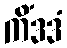
ကိံဒဒံ